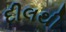
દીલથી